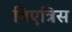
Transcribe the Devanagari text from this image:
बिएत्रिस